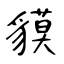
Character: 貘